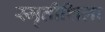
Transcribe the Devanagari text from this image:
स्मृतीशिला